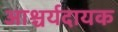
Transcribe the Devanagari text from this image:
आश्चर्यदायक